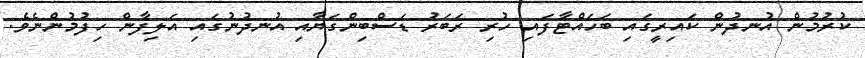
ކުރުމުން އުނދުން ކައިރީގައި ބަހައްޓާފައި ހުރި ރަބަރު ޑަސްބިންގަޔާއި އުނދުނުގައި އަލިފާން ހިފުމުންނެވެ.